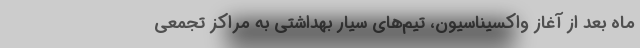
ماه بعد از آغاز واکسیناسیون، تیم‌های سیار بهداشتی به مراکز تجمعی